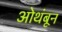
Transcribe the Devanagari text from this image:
ओथंबून